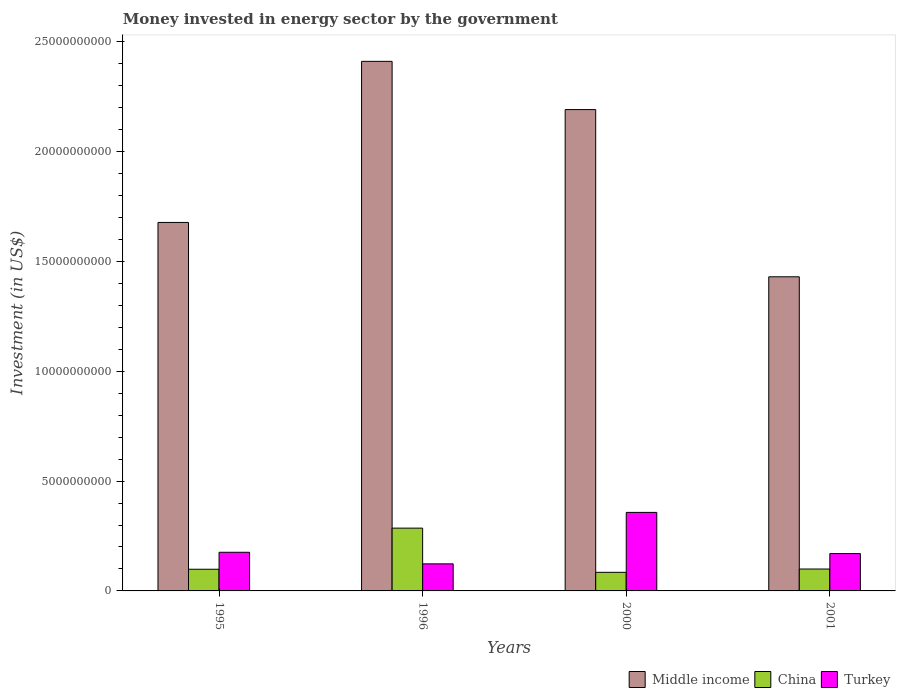
| Years | Middle income | China | Turkey |
 | --- | --- | --- | --- |
 | 1995 | 1.68e+10 | 9.87e+08 | 1.76e+09 |
 | 1996 | 2.41e+10 | 2.86e+09 | 1.23e+09 |
 | 2000 | 2.19e+10 | 8.47e+08 | 3.58e+09 |
 | 2001 | 1.43e+10 | 9.97e+08 | 1.7e+09 |